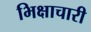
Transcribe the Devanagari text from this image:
भिक्षाचारी